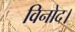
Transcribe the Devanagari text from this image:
विनोद।